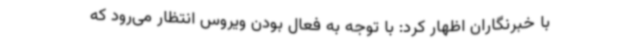
با خبرنگاران اظهار کرد: با توجه به فعال بودن ویروس انتظار می‌رود که